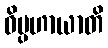
ဝိပ္ပဟာယာတိ